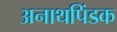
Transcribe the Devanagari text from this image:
अनाथपिंडक